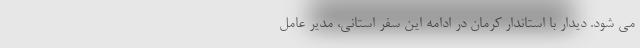
می شود. دیدار با استاندار کرمان در ادامه این سفر استانی، مدیر عامل